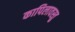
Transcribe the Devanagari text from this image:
कापिलावस्तु